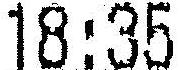
18:35